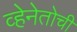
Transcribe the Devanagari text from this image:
व्हेनेतोची